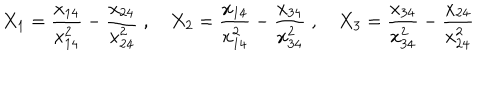
X _ { 1 } = { \frac { x _ { 1 4 } } { x _ { 1 4 } ^ { 2 } } } - { \frac { x _ { 2 4 } } { x _ { 2 4 } ^ { 2 } } } \; , \quad X _ { 2 } = { \frac { x _ { 1 4 } } { x _ { 1 4 } ^ { 2 } } } - { \frac { x _ { 3 4 } } { x _ { 3 4 } ^ { 2 } } } \; , \quad X _ { 3 } = { \frac { x _ { 3 4 } } { x _ { 3 4 } ^ { 2 } } } - { \frac { x _ { 2 4 } } { x _ { 2 4 } ^ { 2 } } }